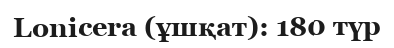
Lonicera (ұшқат): 180 түр